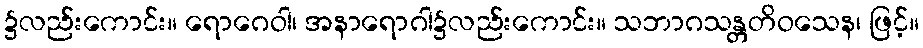
၌လည်းကောင်း။ ရောဂေဝါ၊ အနာရောဂါ၌လည်းကောင်း။ သဘာဂသန္တတိဝသေန၊ ဖြင့်။